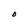
Character: O